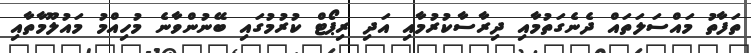
ތަފާތު މައްސަލަތައް ދެނެގަތުމާއި ދިރާސާކުރުމާއި އަދި ރިޕޯޓް ކުރުމުގައި ބޭނުންވާނެ މުހިއްމު މައުލޫމާތާއި